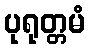
ပုရုတ္တမံ